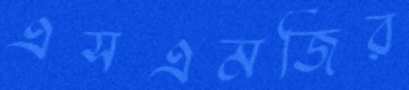
এসএমজির